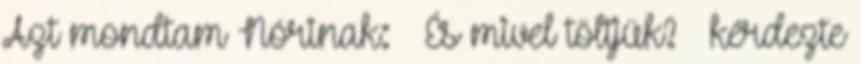
Azt mondtam Nórinak: – És mivel töltjük? – kérdezte